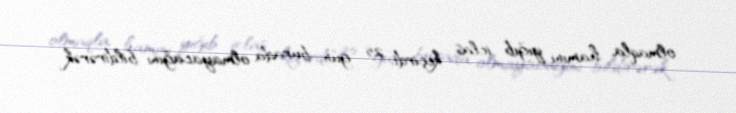
olmaqla, hamını yığıb iclas keçirdi, 25 gün burada olmayacağını bildirərək